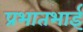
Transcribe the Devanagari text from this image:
प्रभातभाई